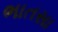
ભાતસા